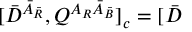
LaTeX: \lbrack \bar { D } ^ { \bar { A } _ { \bar { R } } } , Q ^ { A _ { R } \bar { A } _ { \bar { B } } } ] _ { c } = [ \bar { D }